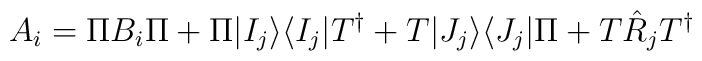
A_{i} = \Pi B_{i} \Pi + \Pi |I_{j}\rangle\langle I_{j}|T^{\dagger} + T |J_{j}\rangle\langle J_{j}|\Pi + T\hat R_{j} T^{\dagger}